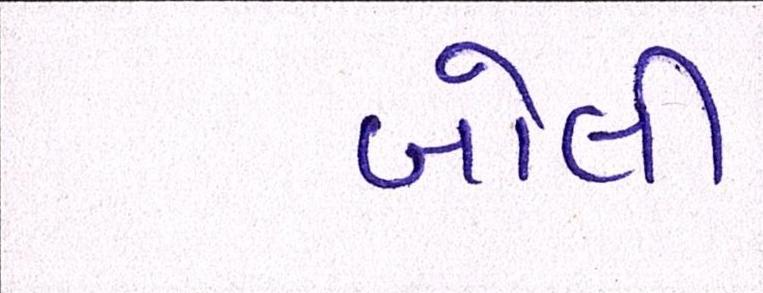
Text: બોલી